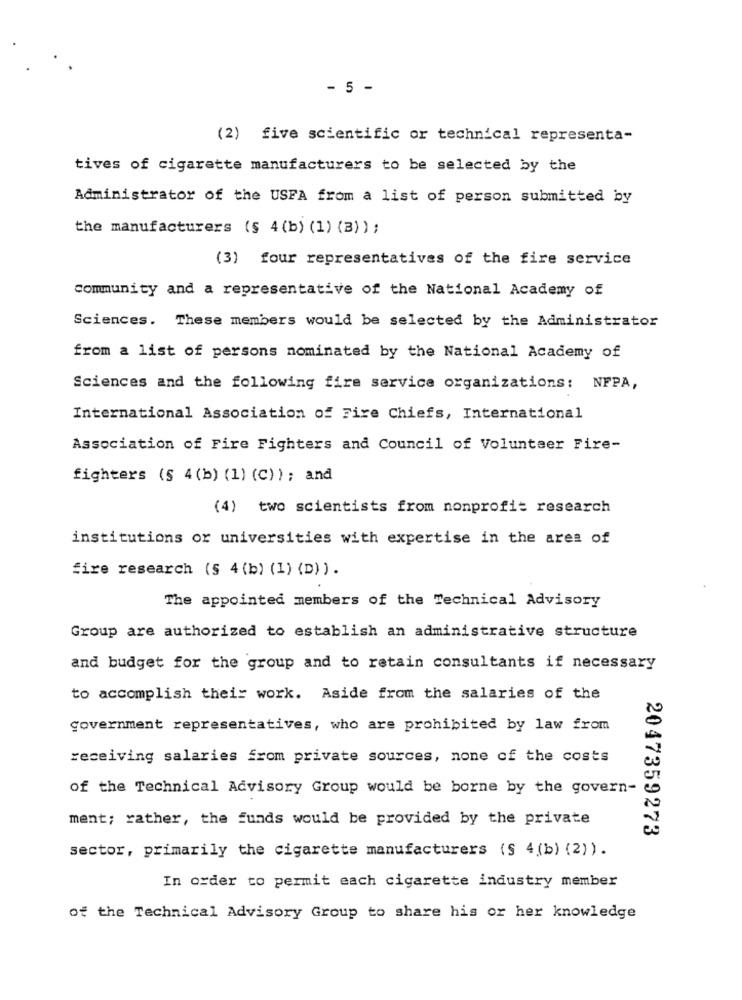
- 5 -
(2) five scientific or technical representa-
tives of cigarette manufacturers to be selected by the
Administrator of the USFA from a list of person submitted by
the manufacturers (§ 4(b) (1) (B) ) ;
(3) four representatives of the fire service
community and a representative of the National Academy of
Sciences. These members would be selected by the Administrator
from a list of persons nominated by the National Academy of
Sciences and the following fire service organizations: NFPA,
International Association of Fire Chiefs, International
Association of Fire Fighters and Council of Volunteer Fire-
fighters (§ 4(b) (1) (C)) ; and
(4) two scientists from nonprofit research
institutions or universities with expertise in the area of
fire research (§ 4 (b) (1) (D)).
The appointed members of the Technical Advisory
Group are authorized to establish an administrative structure
and budget for the group and to retain consultants if necessary
to accomplish their work. Aside from the salaries of the
government representatives, who are prohibited by law from
receiving salaries from private sources, none of the costs
of the Technical Advisory Group would be borne by the govern-
ment; rather, the funds would be provided by the private
2047359273
sector, primarily the cigarette manufacturers (§ 4(b) (2) ) .
In order to permit each cigarette industry member
of the Technical Advisory Group to share his or her knowledge